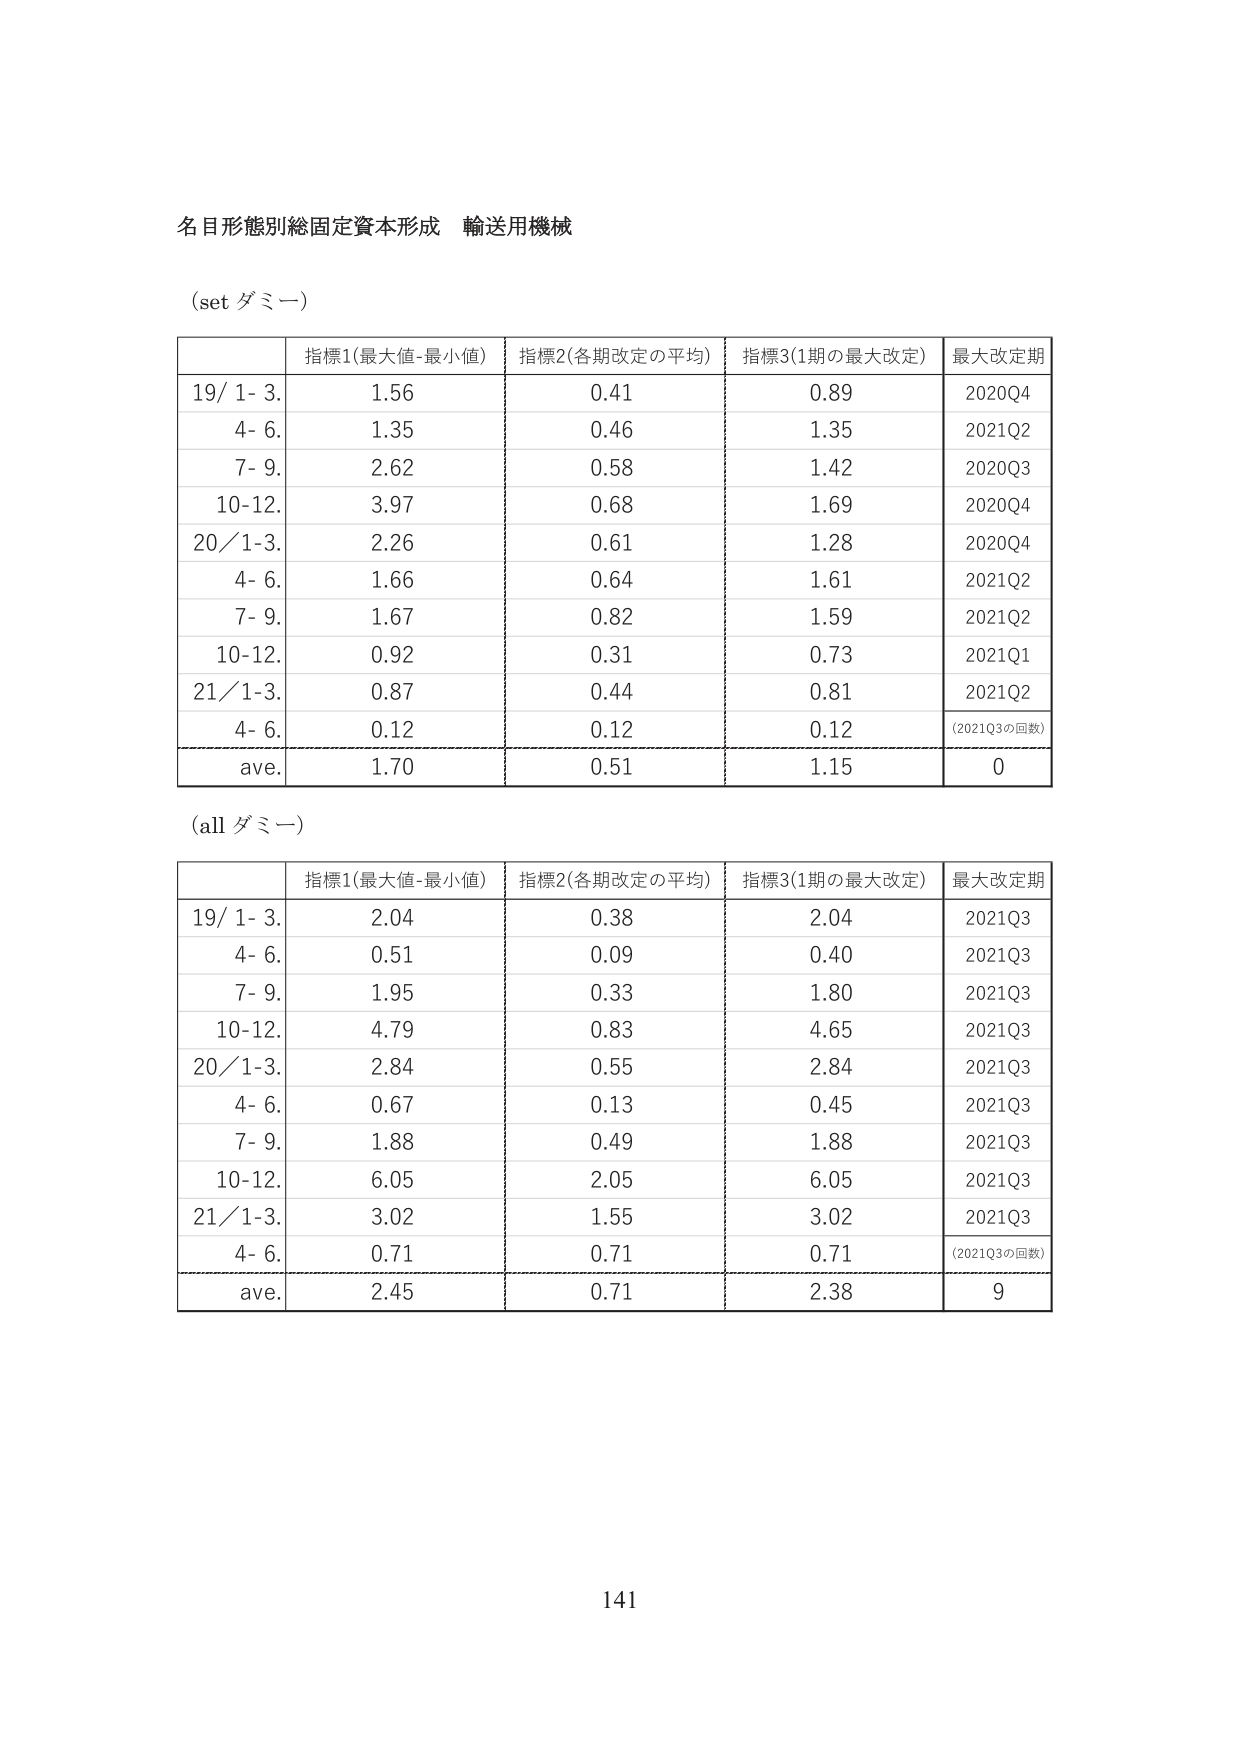
名目形態別総固定資本形成 輸送用機械

(set ダミー)

| | 指標1(最大値-最小値) | 指標2(各期改定の平均) | 指標3(1期の最大改定) | 最大改定期 |
|---|---|---|---|---|
| 19/ 1- 3. | 1.56 | 0.41 | 0.89 | 2020Q4 |
| 4- 6. | 1.35 | 0.46 | 1.35 | 2021Q2 |
| 7- 9. | 2.62 | 0.58 | 1.42 | 2020Q3 |
| 10-12. | 3.97 | 0.68 | 1.69 | 2020Q4 |
| 20/ 1-3. | 2.26 | 0.61 | 1.28 | 2020Q4 |
| 4- 6. | 1.66 | 0.64 | 1.61 | 2021Q2 |
| 7- 9. | 1.67 | 0.82 | 1.59 | 2021Q2 |
| 10-12. | 0.92 | 0.31 | 0.73 | 2021Q1 |
| 21/ 1-3. | 0.87 | 0.44 | 0.81 | 2021Q2 |
| 4- 6. | 0.12 | 0.12 | 0.12 | (2021Q3の回数) |
| ave. | 1.70 | 0.51 | 1.15 | 0 |

(all ダミー)

| | 指標1(最大値-最小値) | 指標2(各期改定の平均) | 指標3(1期の最大改定) | 最大改定期 |
|---|---|---|---|---|
| 19/ 1- 3. | 2.04 | 0.38 | 2.04 | 2021Q3 |
| 4- 6. | 0.51 | 0.09 | 0.40 | 2021Q3 |
| 7- 9. | 1.95 | 0.33 | 1.80 | 2021Q3 |
| 10-12. | 4.79 | 0.83 | 4.65 | 2021Q3 |
| 20/ 1-3. | 2.84 | 0.55 | 2.84 | 2021Q3 |
| 4- 6. | 0.67 | 0.13 | 0.45 | 2021Q3 |
| 7- 9. | 1.88 | 0.49 | 1.88 | 2021Q3 |
| 10-12. | 6.05 | 2.05 | 6.05 | 2021Q3 |
| 21/ 1-3. | 3.02 | 1.55 | 3.02 | 2021Q3 |
| 4- 6. | 0.71 | 0.71 | 0.71 | (2021Q3の回数) |
| ave. | 2.45 | 0.71 | 2.38 | 9 |

141